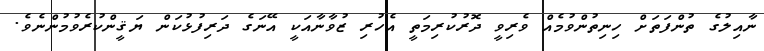
ނާއިލުގެ ތުންފަތަށް ހިނިތުންވުމެއް ވެރިވީ ދޮރުކުރިމަތީ އެހުރި ޒުވާނާއަކީ އޭނަގެ ދަރިފުޅުކަން ޔަޤީންކުރެވުމުންނެވެ.